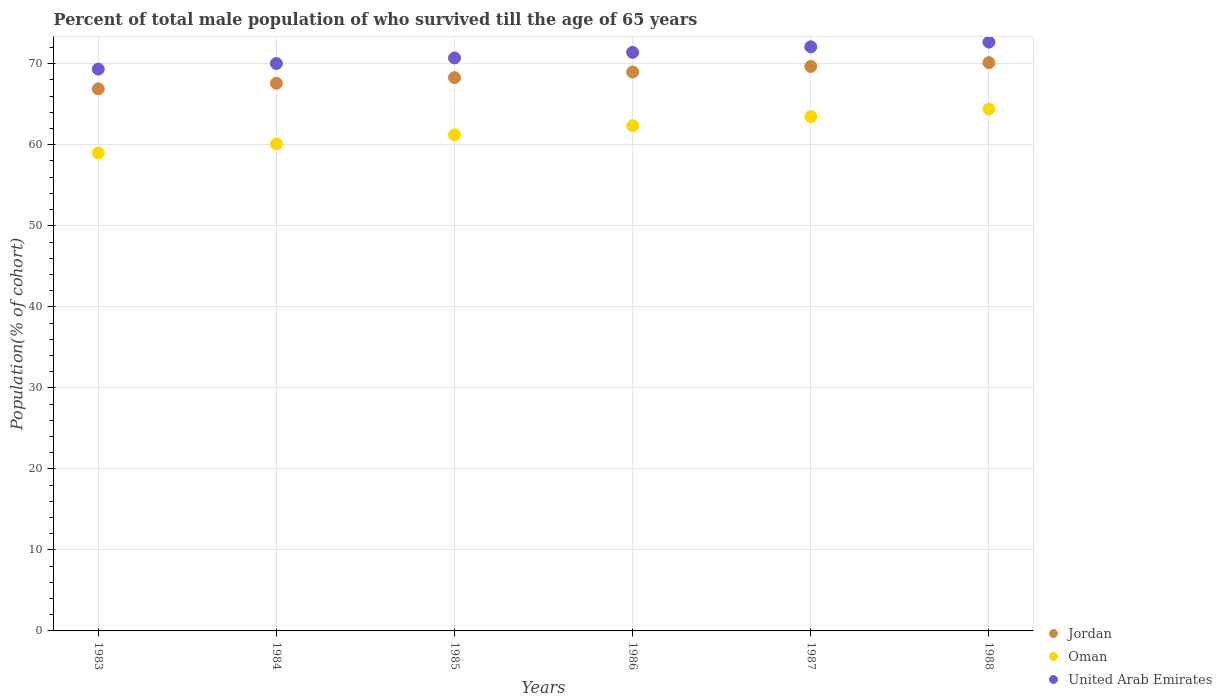
| Years | Jordan | Oman | United Arab Emirates |
 | --- | --- | --- | --- |
 | 1983 | 66.9 | 59 | 69.3 |
 | 1984 | 67.6 | 60.1 | 70 |
 | 1985 | 68.3 | 61.2 | 70.7 |
 | 1986 | 69 | 62.4 | 71.4 |
 | 1987 | 69.7 | 63.5 | 72.1 |
 | 1988 | 70.1 | 64.4 | 72.7 |